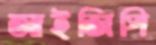
আইজিপি